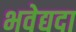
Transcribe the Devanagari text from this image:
भवेद्यदा